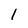
Character: 1